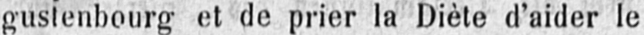
gustenbourg et de prier la Diète d’aider le